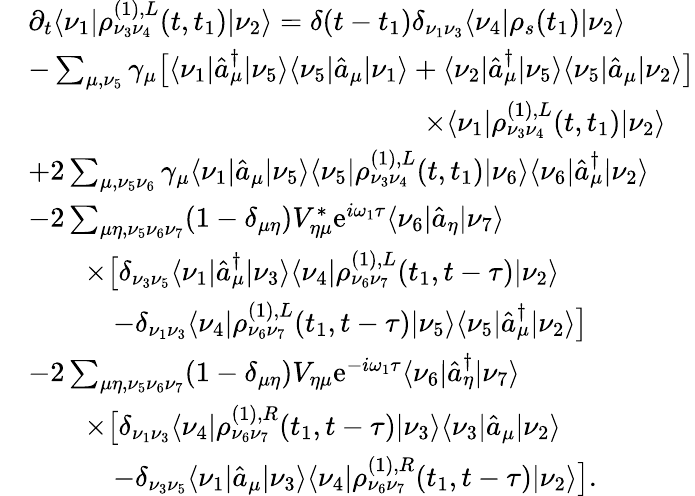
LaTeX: \begin{array}{rl}&{\partial_{t}\langle\nu_{1}|\rho_{\nu_{3}\nu_{4}}^{(1),L}(t,t_{1})|\nu_{2}\rangle=\delta(t-t_{1})\delta_{\nu_{1}\nu_{3}}\langle\nu_{4}|\rho_{s}(t_{1})|\nu_{2}\rangle}\\ &{-\sum_{\mu,\nu_{5}}\gamma_{\mu}\big[\langle\nu_{1}|\hat{a}_{\mu}^{\dagger}|\nu_{5}\rangle\langle\nu_{5}|\hat{a}_{\mu}|\nu_{1}\rangle+\langle\nu_{2}|\hat{a}_{\mu}^{\dagger}|\nu_{5}\rangle\langle\nu_{5}|\hat{a}_{\mu}|\nu_{2}\rangle\big]}\\ &{\qquad\qquad\qquad\qquad\qquad\qquad\qquad\times\langle\nu_{1}|\rho_{\nu_{3}\nu_{4}}^{(1),L}(t,t_{1})|\nu_{2}\rangle}\\ &{+2\sum_{\mu,\nu_{5}\nu_{6}}\gamma_{\mu}\langle\nu_{1}|\hat{a}_{\mu}|\nu_{5}\rangle\langle\nu_{5}|\rho_{\nu_{3}\nu_{4}}^{(1),L}(t,t_{1})|\nu_{6}\rangle\langle\nu_{6}|\hat{a}_{\mu}^{\dagger}|\nu_{2}\rangle}\\ &{-2\sum_{\mu\eta,\nu_{5}\nu_{6}\nu_{7}}(1-\delta_{\mu\eta})V_{\eta\mu}^{*}\mathrm{e}^{i\omega_{1}\tau}\langle\nu_{6}|\hat{a}_{\eta}|\nu_{7}\rangle}\\ &{\qquad\times\big[\delta_{\nu_{3}\nu_{5}}\langle\nu_{1}|\hat{a}_{\mu}^{\dagger}|\nu_{3}\rangle\langle\nu_{4}|\rho_{\nu_{6}\nu_{7}}^{(1),L}(t_{1},t-\tau)|\nu_{2}\rangle}\\ &{\qquad\quad-\delta_{\nu_{1}\nu_{3}}\langle\nu_{4}|\rho_{\nu_{6}\nu_{7}}^{(1),L}(t_{1},t-\tau)|\nu_{5}\rangle\langle\nu_{5}|\hat{a}_{\mu}^{\dagger}|\nu_{2}\rangle\big]}\\ &{-2\sum_{\mu\eta,\nu_{5}\nu_{6}\nu_{7}}(1-\delta_{\mu\eta})V_{\eta\mu}\mathrm{e}^{-i\omega_{1}\tau}\langle\nu_{6}|\hat{a}_{\eta}^{\dagger}|\nu_{7}\rangle}\\ &{\qquad\times\big[\delta_{\nu_{1}\nu_{3}}\langle\nu_{4}|\rho_{\nu_{6}\nu_{7}}^{(1),R}(t_{1},t-\tau)|\nu_{3}\rangle\langle\nu_{3}|\hat{a}_{\mu}|\nu_{2}\rangle}\\ &{\qquad\quad-\delta_{\nu_{3}\nu_{5}}\langle\nu_{1}|\hat{a}_{\mu}|\nu_{3}\rangle\langle\nu_{4}|\rho_{\nu_{6}\nu_{7}}^{(1),R}(t_{1},t-\tau)|\nu_{2}\rangle\big].}\end{array}